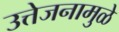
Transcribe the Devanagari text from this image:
उत्तेजनामुळे